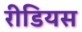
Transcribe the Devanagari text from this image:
रीडियस